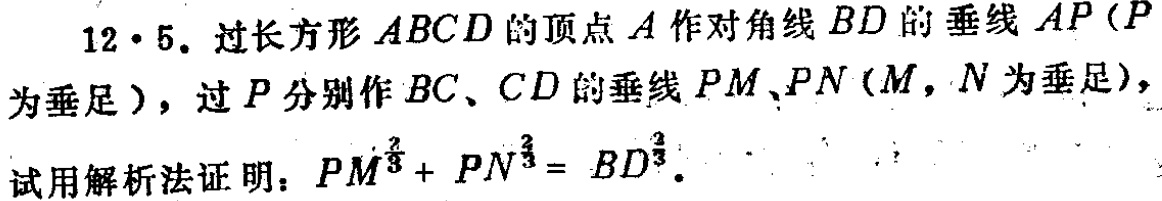
12·5. 过长方形\(ABCD\)的顶点\(A\)作对角线\(BD\)的垂线\(AP(P\)为垂足\()\)，过\(P\)分别作\(BC、CD\)的垂线\(PM、PN(M,N\)为垂足\()\)，
试用解析法证明：\(PM^{\frac{2}{3}} + PN^{\frac{2}{3}} = BD^{\frac{2}{3}}\)。